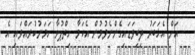
އަށް އެޚަބަރު ލިބިވަޑައިގެންނެވުމުން އެކަމާ ހިތްޕުޅާ ހަމަނުކުރައްވައި އެ